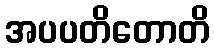
အပပတိတောတိ